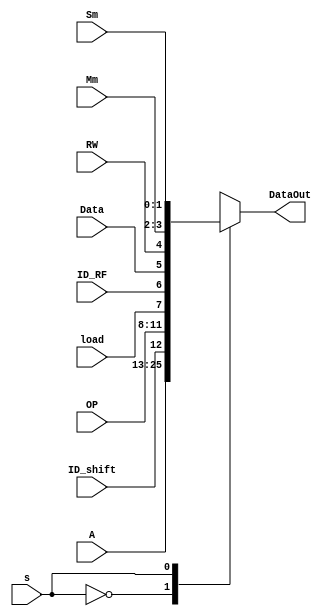
module mux2x1_13 (output reg [12:0] DataOut, input s,  input [12:0] A, input[3:0] OP, input[1:0] Sm, Mm, input ID_shift, load, ID_RF, Data, RW);
    always @(s, A, OP, Sm, Mm, ID_shift, load, ID_RF, Data, RW)
        case(s)
            1'b0:  DataOut = A;
            1'b1:  DataOut = {ID_shift,OP,load, ID_RF, Data, RW, Mm, Sm};
        endcase
endmodule